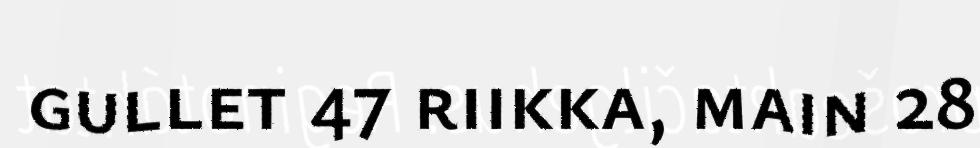
gullet 47 riikka, main 28